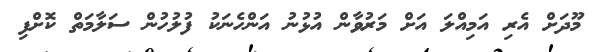
މޫދަށް އެރި އަމިއްލަ އަށް މަރުވާން އުޅުނު އަންހެނަކު ފުލުހުން ސަލާމަތް ކޮށްފި